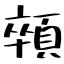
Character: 顇